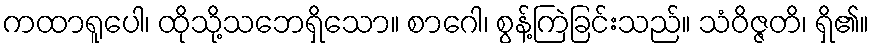
ကထာရူပေါ၊ ထိုသို့သဘေရှိသော။ စာဂေါ၊ စွန့်ကြဲခြင်းသည်။ သံဝိဇ္ဇတိ၊ ရှိ၏။